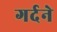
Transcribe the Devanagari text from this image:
गर्दने